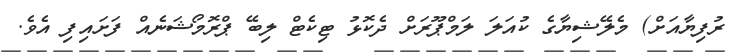
ރުފިޔާއަށް) މެލޭޝިޔާގެ ކުއަލަ ލަމްޕޫރަށް ދެކޮޅު ޓިކެޓް ލިބޭ ޕްރޮމޯޝަނެއް ފަށައިފި އެވެ.